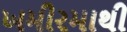
ખમીરમાથી